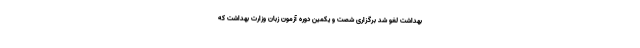
بهداشت لغو شد برگزاری شصت و یکمین دوره آزمون زبان وزارت بهداشت که